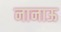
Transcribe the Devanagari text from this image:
नानाऊ